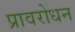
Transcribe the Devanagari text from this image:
प्रावरोधन